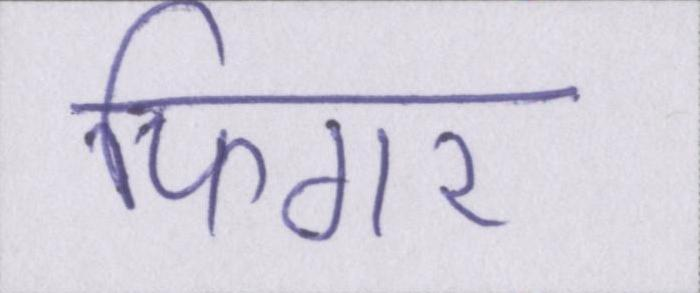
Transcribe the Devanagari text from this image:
फिंगर